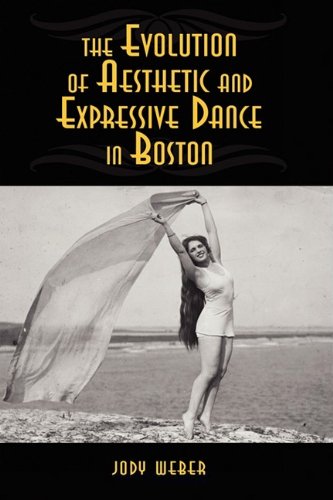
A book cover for The Evolution of Aesthetic and Expressive Dance in Boston; Jody Weber; Biographies & Memoirs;